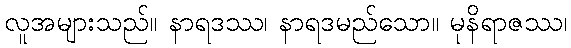
လူအများသည်။ နာရဒဿ၊ နာရဒမည်သော။ မုနိရာဇဿ၊